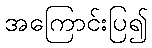
အကြောင်းပြ၍